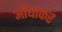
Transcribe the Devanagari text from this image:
आैंधाकर